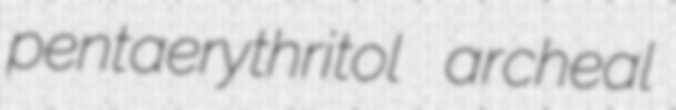
pentaerythritol archeal